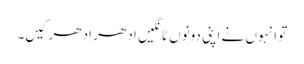
تو انہوں نے اپنی دونوں ٹانگیں ادھر ادھر کیں۔